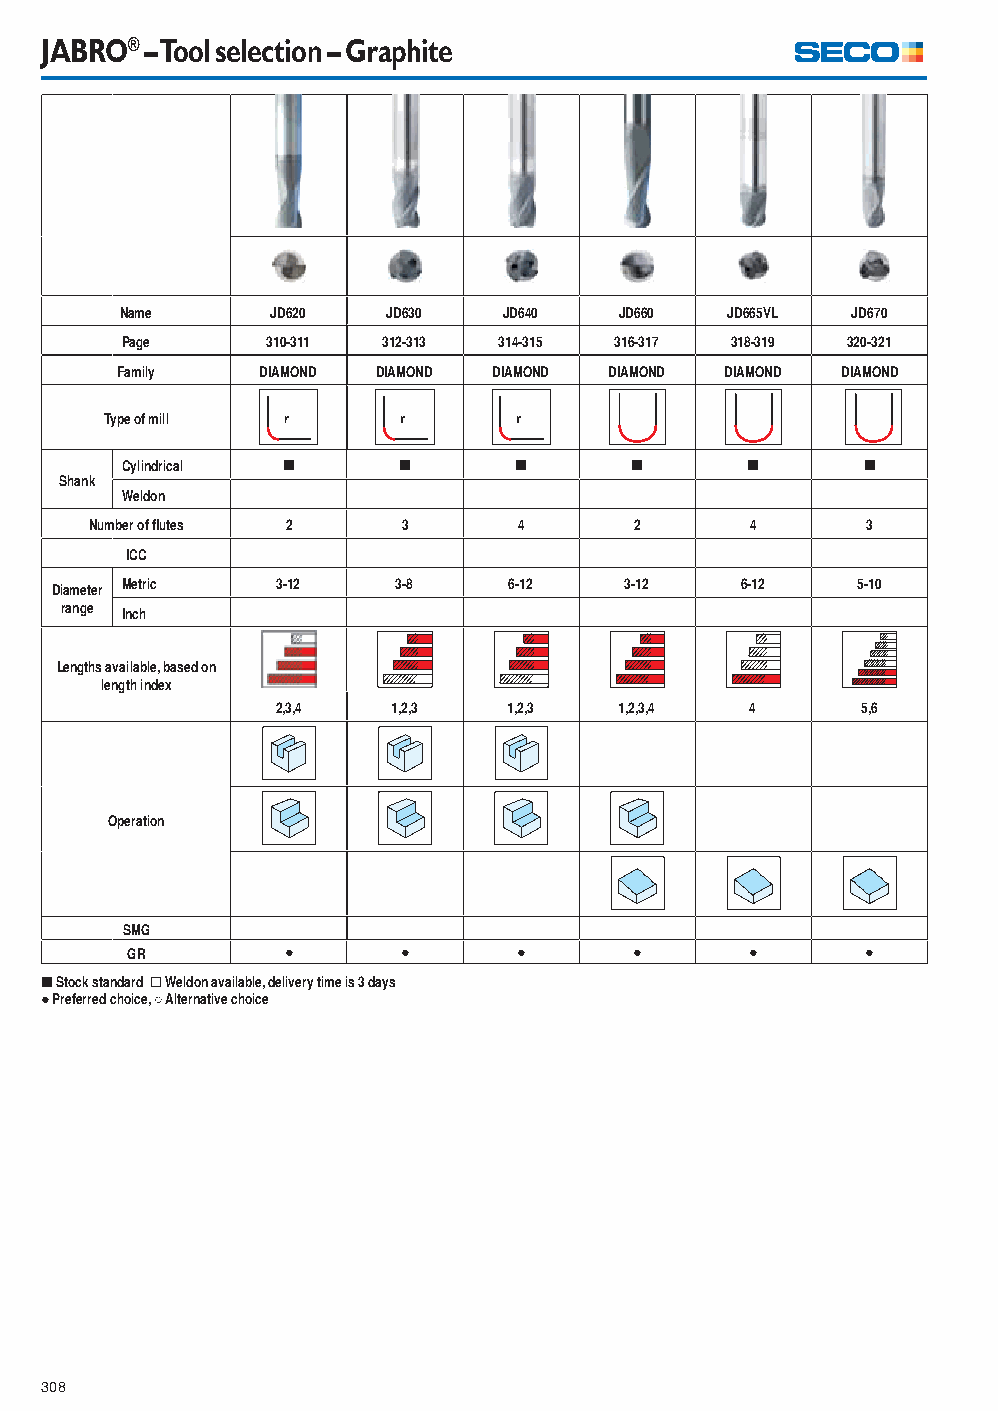
JABRO® – Tool selection – Graphite
 Name      JD620   JD630  JD640   JD660  JD665VL JD670
 Page      310-311 312-313 314-315 316-317 318-319 320-321
 Family   DIAMOND DIAMOND DIAMOND DIAMOND DIAMOND DIAMOND
 Type of mill
 Cylindrical [     [       [       [      [       [
 Shank
 Weldon
 Number of fl utes 2  3      4       2       4      3
 ICC
 Diameter Metric 3-12   3-8     6-12   3-12    6-12    5-10
 range Inch
 Lengths available, based on
 length index
 2,3,4   1,2,3   1,2,3  1,2,3,4  4      5,6
 Operation
 SMG
 GR         ●       ●      ●       ●       ●      ●
 [ Stock standard ] Weldon available, delivery time is 3 days
 ● Preferred choice, ○ Alternative choice
 308